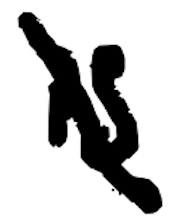
Text: is
Cross-out: diagonal
Writing tool: digital_black